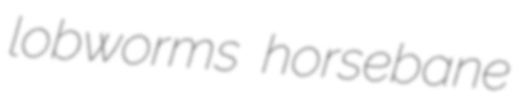
lobworms horsebane